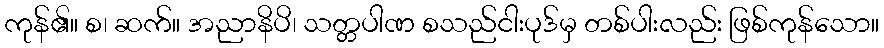
ကုန်၏။ စ၊ ဆက်။ အညာနိပိ၊ သတ္တပါဏ စသည်ငါးပုဒ်မှ တစ်ပါးလည်း ဖြစ်ကုန်သော။